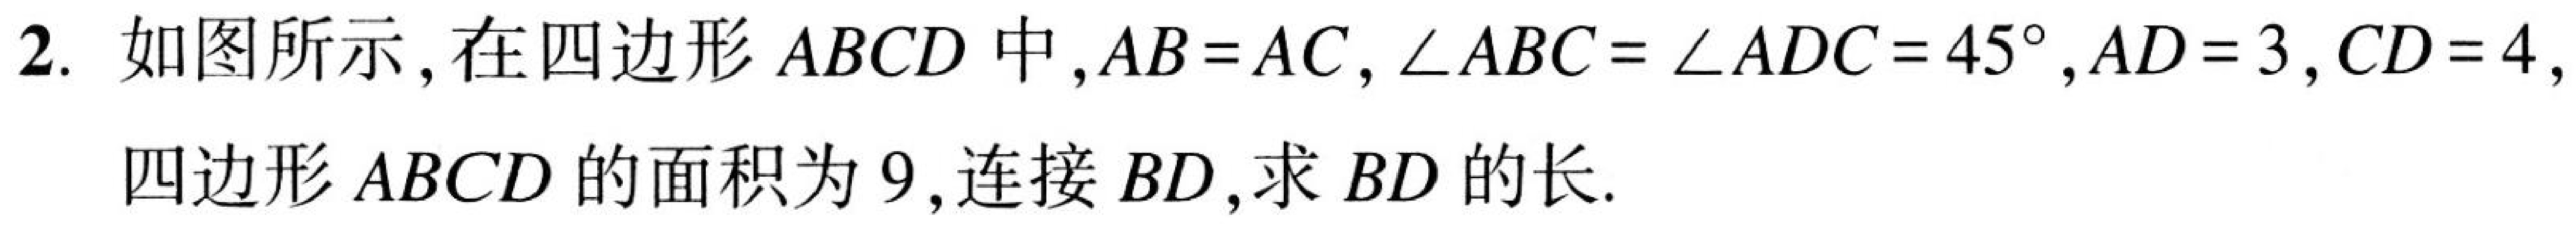
2. 如图所示,在四边形\(ABCD\)中,\(AB = AC\),\(\angle ABC=\angle ADC = 45^{\circ}\),\(AD = 3\),\(CD = 4\),
四边形\(ABCD\)的面积为\(9\),连接\(BD\),求\(BD\)的长.